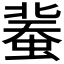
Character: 𧎕